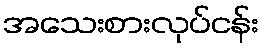
အသေးစားလုပ်ငန်း